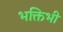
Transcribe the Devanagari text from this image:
भक्तिभी